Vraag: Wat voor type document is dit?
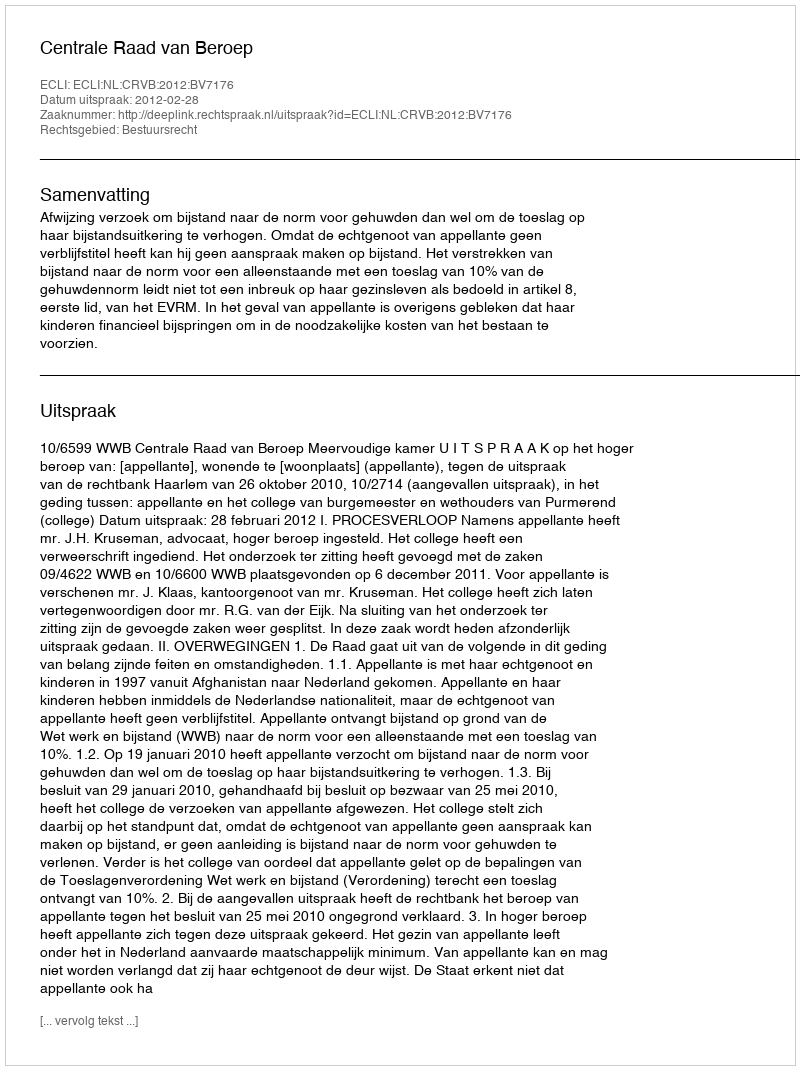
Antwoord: Uitspraak